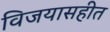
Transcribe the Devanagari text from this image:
विजयासहीत